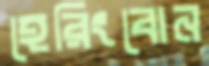
হেরিংবোন